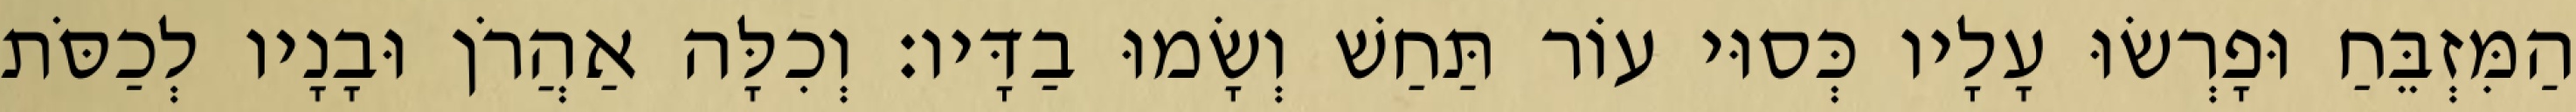
הַמִּזְבֵּחַ וּפָרְשׂוּ עָלָיו כְּסוּי עוֹר תַּחַשׁ וְשָׂמוּ בַדָּיו׃ וְכִלָּה אַהֲרֹן וּבָנָיו לְכַסֹּת